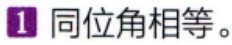
1 同位角相等。